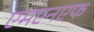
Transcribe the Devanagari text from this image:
एमएनएफ